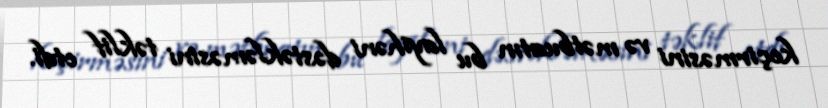
keçirməsini və mətbuatın bu layihəni dəstəkləməsini təklif etdi.